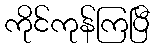
ကိုင်ကုန်ကြပြီ